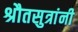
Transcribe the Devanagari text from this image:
श्रौतसुत्रांनी